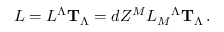
L = L ^ { \Lambda } { \bf T } _ { \Lambda } = d Z ^ { M } L _ { M } { } ^ { \Lambda } { \bf T } _ { \Lambda } \, .